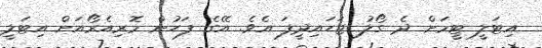
އިޓަލީ ޓީމަށް ދެ ގޯލު ޖަހައިދީފަ އެވެ. އޭގެ ފަހުން މޮރިއެރޯއަށް އިޓަލީ